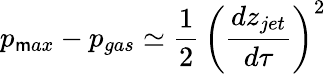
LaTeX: p_{\mathsf{m}ax}-p_{gas}\simeq\frac{{1}}{{2}}\, \left(\frac{{dz_{jet}}}{{d\tau}}\right)^{2}\,